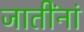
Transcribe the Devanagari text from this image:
जातींनां